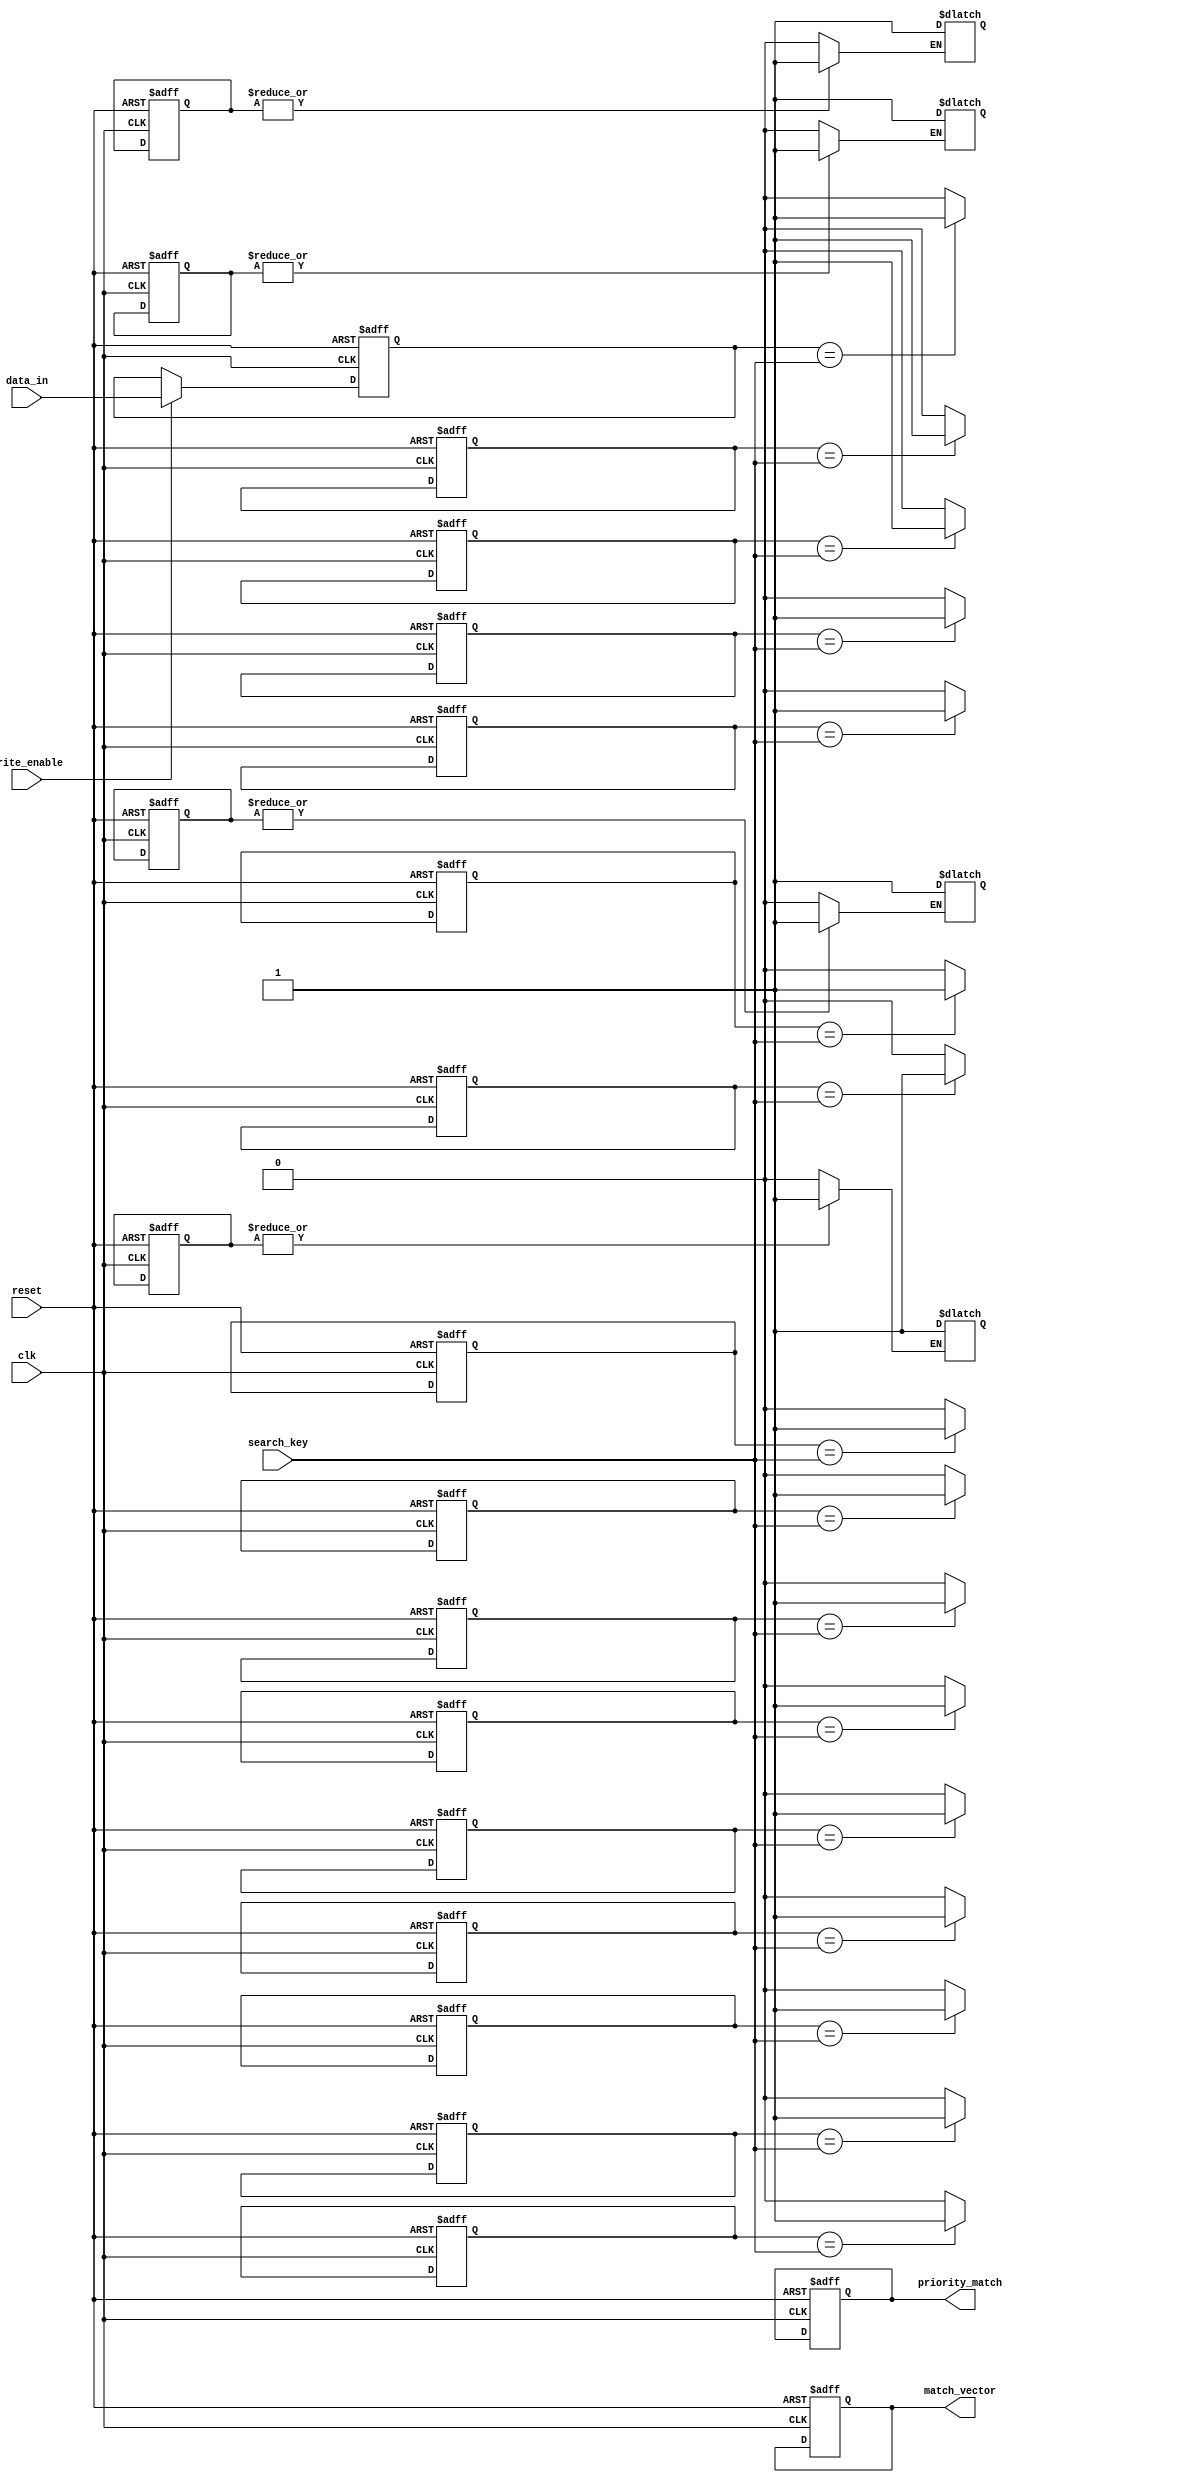
module row_based_cam #(
    parameter DATA_WIDTH = 8,         // Width of the data entries
    parameter NUM_ROWS = 4,           // Number of rows in the CAM
    parameter ENTRIES_PER_ROW = 4     // Number of entries per row
)(
    input wire                          clk,
    input wire                          reset,
    input wire                          write_enable,
    input wire [DATA_WIDTH-1:0]       data_in,        // Data input for write
    input wire [DATA_WIDTH-1:0]       search_key,     // Search key input
    output reg [NUM_ROWS-1:0]         match_vector,   // Match vector output
    output reg [NUM_ROWS-1:0]         priority_match  // Priority match output
);

// Memory array to hold the CAM entries
reg [DATA_WIDTH-1:0] cam_memory [0:NUM_ROWS-1][0:ENTRIES_PER_ROW-1];
reg [ENTRIES_PER_ROW-1:0] match_flags [0:NUM_ROWS-1]; // Holds match flags for each row

integer i, j;

// Synchronous write operation
always @(posedge clk or posedge reset) begin
    if (reset) begin
        // Resetting all CAM entries and match flags
        for (i = 0; i < NUM_ROWS; i = i + 1) begin
            for (j = 0; j < ENTRIES_PER_ROW; j = j + 1) begin
                cam_memory[i][j] <= {DATA_WIDTH{1'b0}};
            end
            match_flags[i] <= {ENTRIES_PER_ROW{1'b0}};
        end
        match_vector <= {NUM_ROWS{1'b0}};
        priority_match <= {NUM_ROWS{1'b0}};
    end else if (write_enable) begin
        // Writing to a specific row and entry
        // For simplicity, assume we're always writing to row 0 and entry 0
        cam_memory[0][0] <= data_in; // Modify as needed for specific row/entry
    end
end

// Search operation
always @(*) begin
    // Reset match vector and flags
    match_vector = {NUM_ROWS{1'b0}};
    for (i = 0; i < NUM_ROWS; i = i + 1) begin
        match_flags[i] = {ENTRIES_PER_ROW{1'b0}};
        // Compare input search_key with each entry in the current row
        for (j = 0; j < ENTRIES_PER_ROW; j = j + 1) begin
            if (cam_memory[i][j] == search_key) begin
                match_flags[i][j] = 1'b1; // Set match flag for this entry
            end
        end
        // If there is any match in the row, set the match vector
        if (|match_flags[i]) begin
            match_vector[i] = 1'b1; // Set match signal for the row
        end
    end
    
    // Priority match logic - can be modified based on requirements
    for (i = 0; i < NUM_ROWS; i = i + 1) begin
        if (match_vector[i]) begin
            priority_match[i] = 1'b1; // Mark row as matched for priority
        end
    end
end

endmodule